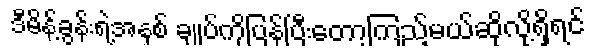
ဒီမိန့်ခွန်းရဲ့အနှစ် ချုပ်ကိုပြန်ပြီးတော့ကြည့်မယ်ဆိုလို့ရှိရင်